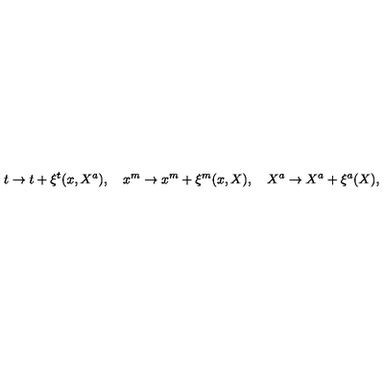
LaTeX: t \rightarrow t + \xi ^ { t } ( x , X ^ { a } ) , \quad x ^ { m } \rightarrow x ^ { m } + \xi ^ { m } ( x , X ) , \quad X ^ { a } \rightarrow X ^ { a } + \xi ^ { a } ( X ) ,